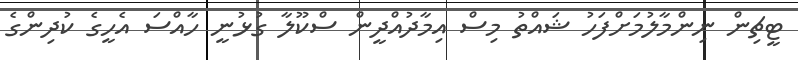
ޓީޗިން ނިންމާލުމަށްފަހު ޝައްތު މިސް އިމާދުއްދީން ސްކޫލާ ގުޅުނީ ހާއްސަ އެހީގެ ކުދިންގެ